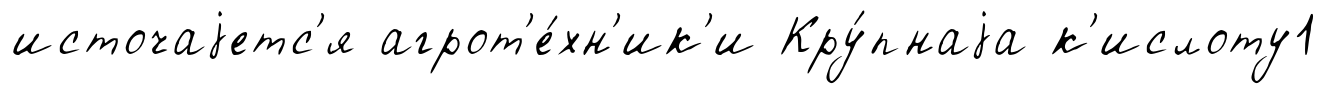
источаjетс'я агрот'е́хн'ик'и Кру́пнаjа к'ислоту1